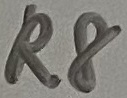
Text: R8